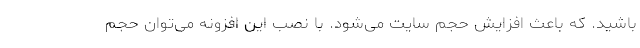
باشید. که باعث افزایش حجم سایت می‌شود. با نصب این افزونه می‌توان حجم